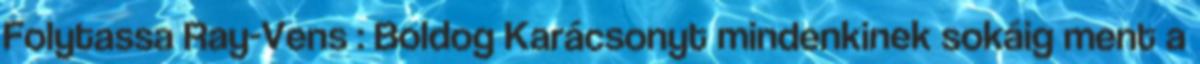
Folytassa Ray-Vens : Boldog Karácsonyt mindenkinek sokáig ment a